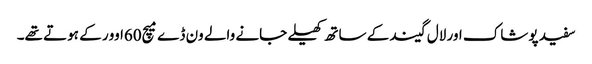
سفید پوشاک اور لال گیند کے ساتھ کھیلے جانے والے ون ڈے میچ60اوور کے ہوتے تھے۔